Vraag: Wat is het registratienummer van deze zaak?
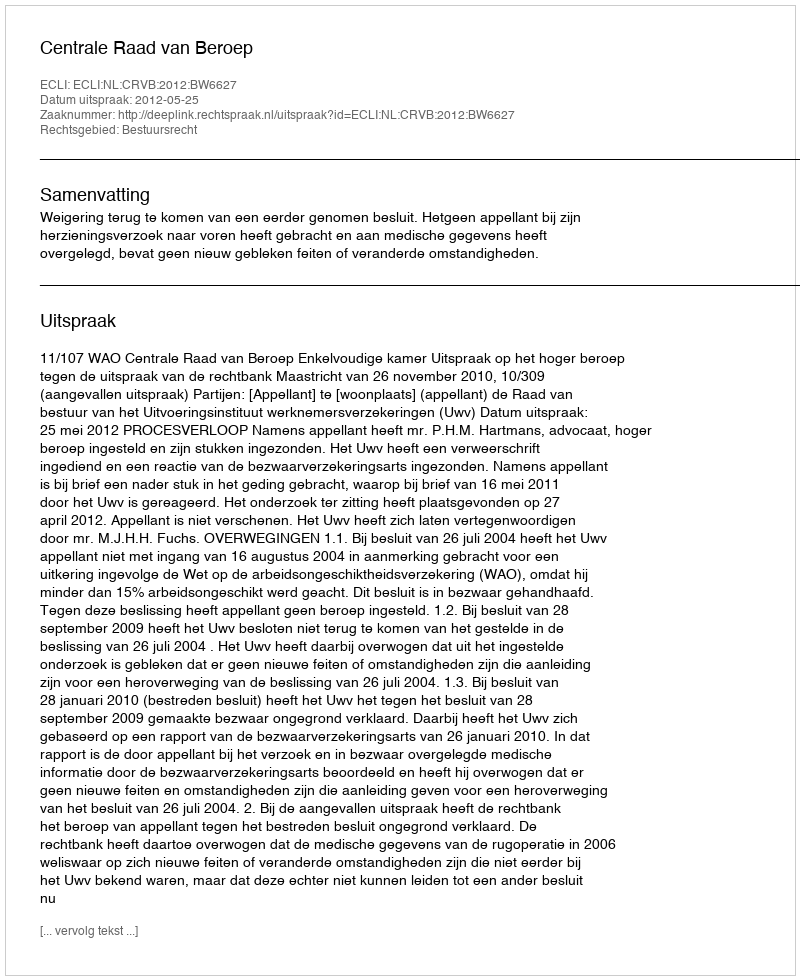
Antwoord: http://deeplink.rechtspraak.nl/uitspraak?id=ECLI:NL:CRVB:2012:BW6627